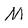
Character: M